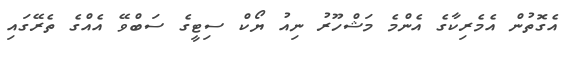
އެގޮތުން އެމެރިކާގެ އެންމެ މަޝްހޫރު ނިއު ޔޯކް ސިޓީގެ ސަބްވޭ އެއްގެ ތެރޭގައި